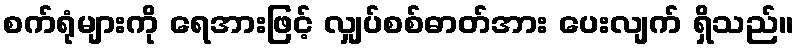
စက်ရုံများကို ရေအားဖြင့် လျှပ်စစ်ဓာတ်အား ပေးလျက် ရှိသည်။